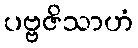
ပဗ္ဗဇိသာဟံ